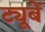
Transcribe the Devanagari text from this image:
ट्यूबें